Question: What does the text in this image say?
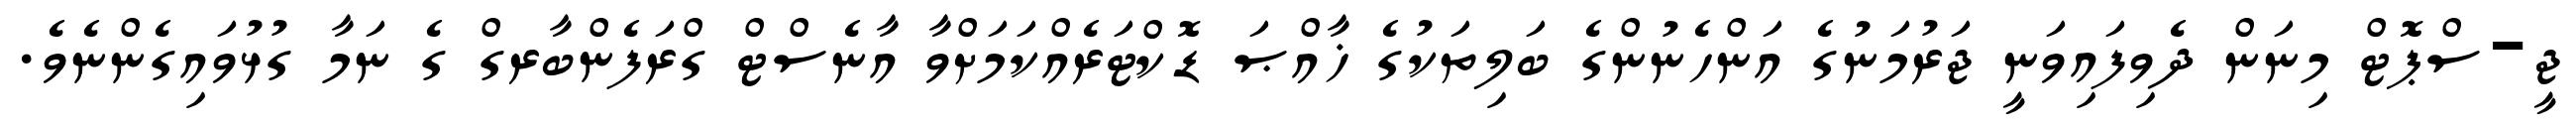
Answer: ޖީ-ސްޕޮޓް މިނަން ދެވިފައިވަނީ ޖަރުމަނުގެ އަންހެނުންގެ ބަލިތަކުގެ ޚާއްޞަ ޑޮކްޓަރެއްކަމަށްވާ އާނެސްޓް ގްރަފެންބާރގް ގެ ނަމާ ގުޅުވައިގެންނެވެ.